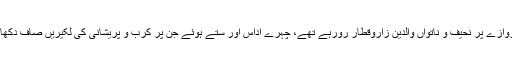
ایک مکان کے دروازے پر نحیف و ناتواں والدین زاروقطار رورہے تھے، چہرے اداس اور ستے ہوئے جن پر کرب و پریشانی کی لکیریں صاف دکھائی دے رہی تھیں۔